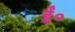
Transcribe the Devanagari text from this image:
ईं०